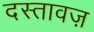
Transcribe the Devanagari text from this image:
दस्तावज़